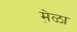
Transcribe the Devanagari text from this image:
मे़ळा